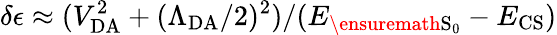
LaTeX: \delta\epsilon\approx(V_{\mathrm{DA}}^{2}+(\Lambda_{\mathrm{DA}}/2)^{2})/(E_{\ensuremath{\mathrm{S}}_{0}}-E_{\mathrm{CS}})